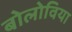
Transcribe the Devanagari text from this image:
बोलोविया